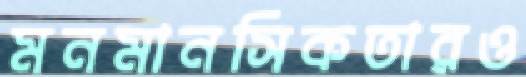
মনমানসিকতারও